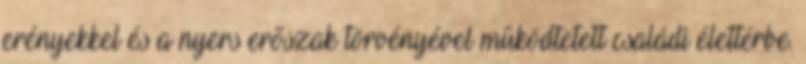
erényekkel és a nyers erõszak törvényével mûködtetett családi élettérbe.